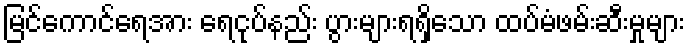
မြင်ကောင်ရေအား ရေငုပ်နည်း ပွားများရရှိသော ထပ်မံဖမ်းဆီးမှုများ